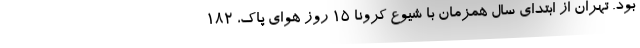
بود. تهران از ابتدای سال همزمان با شیوع کرونا ۱۵ روز هوای پاک، ۱۸۲